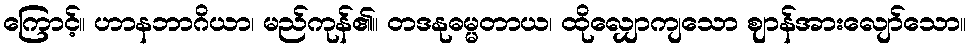
ကြောင့်။ ဟာနဘာဂိယာ၊ မည်ကုန်၏။ တဒနုဓမ္မတာယ၊ ထိုလျှောကျသော ဈာန်အားလျော်သော။